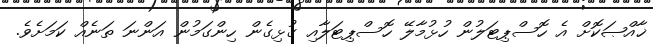
ޚާއްޞަކޮށް އެ ހޮސްޕިޓަލުން ހުޅުމާލޭ ހޮސްޕިޓަލާއި ގުޅިގެން ހިންގަމުން އަންނަ ތަނެއް ކަމަށެވެ.